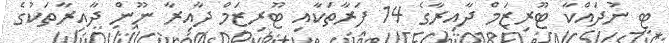
ޓީ ނުދައްކާ ޓޫރިޒަމް ދާއިރާގެ 14 ފަރާތަކާއި ޓޫރިޒަމް ދާއިރާ ނޫން ދާއިރާތަކުގެ